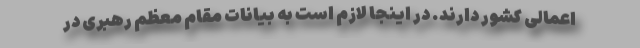
اعمالی کشور دارند. در اینجا لازم است به بیانات مقام معظم رهبری در